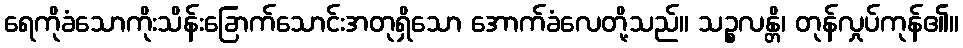
ရေကိုခံသောကိုးသိန်းခြောက်သောင်းအတုရှိသော အောက်ခံလေတို့သည်။ သဉ္စလန္တိ၊ တုန်လှုပ်ကုန်၏။